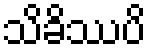
သိခိဿပိ